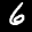
Digit: 6